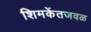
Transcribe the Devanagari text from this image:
शिमकेंतजवळ